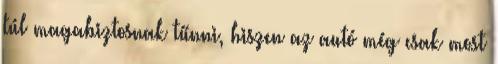
túl magabiztosnak tűnni, hiszen az autó még csak most